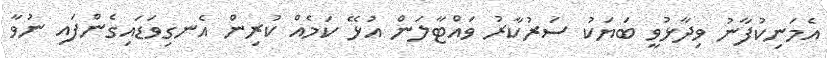
އެމަނިކުފާނު ވިދާޅުވީ ބަޔަކު ސަރުކާރު ވައްޓާލަން އުޅޭ ކަމެއް ކުރިން އެނގިވަޑައިގެންފައި ނުވާ